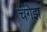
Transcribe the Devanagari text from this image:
चंगेझ